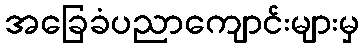
အခြေခံပညာကျောင်းများမှ